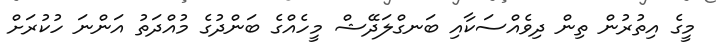
މީގެ އިތުރުން ތިން ދިވެއްސަކާއި ބަނގްލަދޭޝް މީހެއްގެ ބަންދުގެ މުއްދަތު އަންނަ ހުކުރަށް